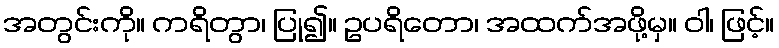
အတွင်းကို။ ကရိတွာ၊ ပြု၍။ ဥပရိတော၊ အထက်အဖို့မှ။ ဝါ၊ ဖြင့်။